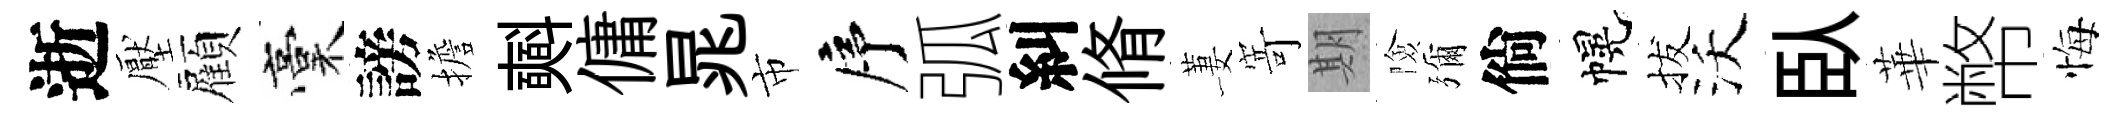
逝壓顏稾謗擔𣂏傭晁市序弧糾脩萋𭔃期險彌倘幌拔沃臥華幣悔